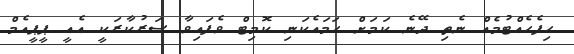
ހިފެހެއްޓުމެއް ނެތި ދޭނެ ކަމަށް ހަމައެކަނި ކޮމިޓް ވެފައިވާ ސަރުކާރަކީ އެއީ ޕީޕީއެމް